Lunatic asylums in Bengal annual reports 1888-1898 - 1888-1898
Year: 1888
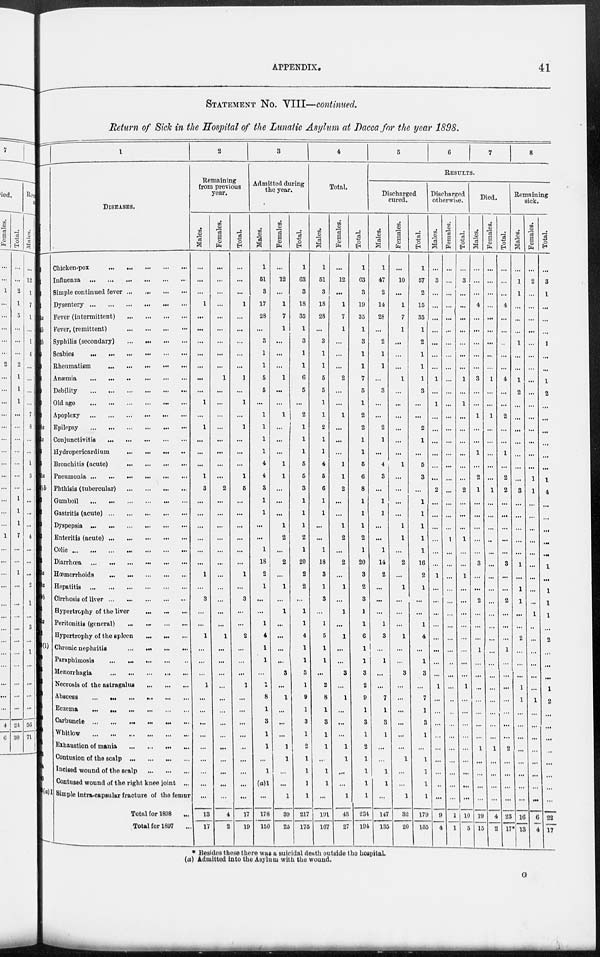
APPENDIX.
41
STATEMENT No. VIII—continued.
Return of Sick in the Hospital of the Lunatic Asylum at Dacca for the year 1898.
Number.
3
11
15
21
24a
24b
33b
40
59
68
79
80
102
8a
3a
55
5
36a
)b
3
2
9
3
1
32
7a
9a
9b
5
2a
2
39(1)
9
5
6
70
21
46
48
51
3
24
40
1(a)I
1
DISEASES.
Chicken-pox
...
...
...
...
...
Influenza
...
...
...
...
...
...
Simple continued fever ...
...
...
...
Dysentery
...
...
...
...
...
...
Fever (intermittent)
...
...
...
...
Fever, (remittent) ... ... ... ...
Syphilis (secondary)
...
...
...
...
Scabies
...
...
...
...
...
...
Rheumatism
...
...
...
...
...
Anæmia
...
...
...
...
...
...
Debility
...
...
...
...
...
...
Old age ... ... ... ... ... ...
Apoplexy
...
...
...
...
...
...
Epilepsy
...
...
...
...
...
...
Conjunctivitis
...
...
...
...
...
Hydropericardium ... ... ... ...
Bronchitis (acute)
...
...
...
...
Pneumonia ... ... ... ... ... ...
Phthisis (tubercular) ... ... ... ...
Gumboil
...
...
...
...
...
...
Gastritis (acute)
...
...
...
...
...
Dyspepsia
...
...
...
...
...
...
Enteritis (acute)
...
...
...
...
...
Colic
...
...
...
...
...
...
...
Diarrhœa
...
...
...
...
...
...
Hœmorrhoids
...
...
...
...
...
Hepatitis
...
...
...
...
...
...
Cirrhosis of liver
...
...
...
...
...
Hypertrophy of the liver
...
...
...
Peritonitis (general)
...
...
...
...
Hypertrophy of the spleen
...
...
...
Chronic nephritis
...
...
...
...
Paraphimosis
...
...
...
...
...
Menorrhagia
...
...
...
...
...
Necrosis of the astragalus
...
...
...
Abscess
...
...
...
...
...
...
Eczema
...
...
...
...
...
...
Carbuncle
...
...
...
...
...
...
Whitlow
...
...
...
...
...
...
Exhaustion of mania
...
...
...
...
Contusion of the scalp
...
...
...
...
Incised wound of the scalp
...
...
...
Contused wound of the right knee joint ...
Simple intra-capsular fracture of the femur
Total for 1898 ...
Total for 1897 ...
2
Remaining
from previous
year.
Males.
...
...
...
1
...
...
...
...
...
...
...
1
...
1
...
...
...
1
3
...
...
...
...
...
...
1
...
3
...
...
1
...
...
...
1
...
...
...
...
...
...
...
...
...
13
17
Females.
...
...
...
...
...
...
...
...
...
1
...
...
...
...
...
...
...
...
2
...
...
...
...
...
...
...
...
...
...
...
1
...
...
...
...
...
...
...
...
...
...
...
...
...
4
2
Total.
...
...
...
1
...
...
...
...
...
1
...
1
...
1
...
...
...
1
5
...
...
...
...
...
...
1
...
3
...
...
2
...
...
...
1
...
...
...
...
...
...
...
...
...
17
19
3
Admitted during
the year.
Males.
1
51
3
17
28
...
3
1
1
5
5
...
1
1
1
1
4
4
3
1
1
...
...
1
18
2
1
...
...
1
4
1
1
...
1
8
1
3
1
1
...
1
(a)l
...
178
150
Females.
...
12
...
1
7
1
...
...
...
1
...
...
1
...
...
...
1
1
...
...
...
1
2
...
2
...
1
...
1
...
...
...
...
3
...
1
...
...
...
1
1
...
...
1
39
25
Total.
1
63
3
18
35
1
3
1
1
6
5
...
2
1
1
1
5
5
3
1
1
1
2
1
20
2
2
...
1
1
4
1
1
3
1
9
1
3
1
2
1
1
1
1
217
175
4
Total.
Males.
1
51
3
18
28
...
3
1
1
5
5
1
1
2
1
1
4
5
6
1
1
...
...
1
18
3
1
3
...
1
5
1
1
...
2
8
1
3
1
1
...
1
1
...
191
167
Females.
...
12
...
1
7
1
...
...
...
2
...
...
1
...
...
...
1
1
2
...
...
1
2
...
2
...
1
...
1
...
1
...
...
3
...
1
...
...
...
1
1
...
...
1
43
27
Total.
1
63
3
19
35
1
3
1
1
7
5
1
2
2
1
1
5
6
8
1
1
1
2
1
20
3
2
3
1
1
6
1
1
3
2
9
1
3
1
2
1
1
1
1
234
194
5
6
7
8
RESULTS.
Discharged
cured.
Males.
1
47
2
14
28
...
2
1
1
...
3
...
...
2
1
...
4
3
...
1
1
...
...
1
14
2
...
...
...
1
3
...
1
...
...
7
1
3
1
...
...
1
1
...
147
135
Females.
...
10
...
1
7
1
...
...
...
1
...
...
...
...
...
...
1
...
...
...
...
1
1
...
2
...
1
...
...
...
1
...
...
3
...
...
...
...
...
...
1
...
...
1
32
20
Total.
1
57
2
15
35
1
2
1
1
1
3
...
...
2
1
...
5
3
...
1
1
1
1
1
16
2
1
...
...
1
4
...
1
3
...
7
1
3
1
...
1
1
1
1
179
155
Discharged
otherwise.
Males.
...
3
...
...
...
...
...
...
...
1
...
1
...
...
...
...
...
...
2
...
...
...
...
...
...
1
...
...
...
...
...
...
...
...
1
...
...
...
...
...
...
...
...
...
9
4
Females.
...
...
...
...
...
...
...
...
...
...
...
...
...
...
...
...
...
...
...
...
...
...
1
...
...
...
...
...
...
...
...
...
...
...
...
...
...
...
...
...
...
...
...
...
1
1
Total.
...
3
...
...
...
...
...
...
...
1
...
1
...
...
...
...
...
...
2
...
...
...
1
...
...
1
...
...
...
...
...
...
...
...
1
...
...
...
...
...
...
...
...
...
10
5
Died.
Males.
...
...
...
4
...
...
...
...
...
3
...
...
1
...
...
1
...
2
1
...
...
...
...
...
3
...
...
2
...
...
...
1
...
...
...
...
...
...
...
1
...
...
...
...
19
15
Females.
...
...
...
...
...
...
...
...
...
1
...
...
1
...
...
...
...
...
1
...
...
...
...
...
...
...
...
...
...
...
...
...
...
...
...
...
...
...
...
1
...
...
...
...
4
2
Total.
...
...
...
4
...
...
...
...
...
4
...
...
2
...
...
1
...
2
2
...
...
...
...
...
3
...
...
2
...
...
...
1
...
...
...
...
...
...
...
2
...
...
...
...
23
17*
Remaining
sick.
Males.
...
1
1
...
...
...
1
...
...
1
2
...
...
...
...
...
...
...
3
...
...
...
...
...
1
...
1
1
...
...
2
...
...
...
1
1
...
...
...
...
...
...
...
...
16
13
Females.
...
2
...
...
...
...
...
...
...
...
...
...
...
...
...
...
...
1
1
...
...
...
...
...
...
...
...
...
1
...
...
...
...
...
...
1
...
...
...
...
...
...
...
...
6
4
Total.
...
3
1
...
...
...
1
...
...
1
2
...
...
...
...
...
...
1
4
...
...
...
...
...
1
...
1
1
1
...
2
...
...
...
1
2
...
...
...
...
...
...
...
...
22
17
* Besides these there was a suicidal death outside the hospital.
(a) Admitted into the Asylum with the wound.
G